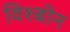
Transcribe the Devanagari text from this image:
विश्बोन